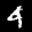
Label: 4